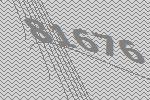
81676